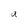
Character: a